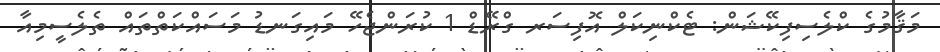
މަޤާމުގެ ކްލެސިފިކޭޝަން: ޓެކްނިކަލް އޮފިސަރ ގްރޭޑް 1 ކުރަންޖެހޭ މައިގަނޑު މަސައްކަތްތައް ތެލެސީމިއާ